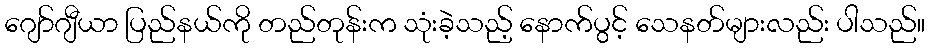
ဂျော်ဂျီယာ ပြည်နယ်ကို တည်တုန်းက သုံးခဲ့သည့် နောက်ပွင့် သေနတ်များလည်း ပါသည်။